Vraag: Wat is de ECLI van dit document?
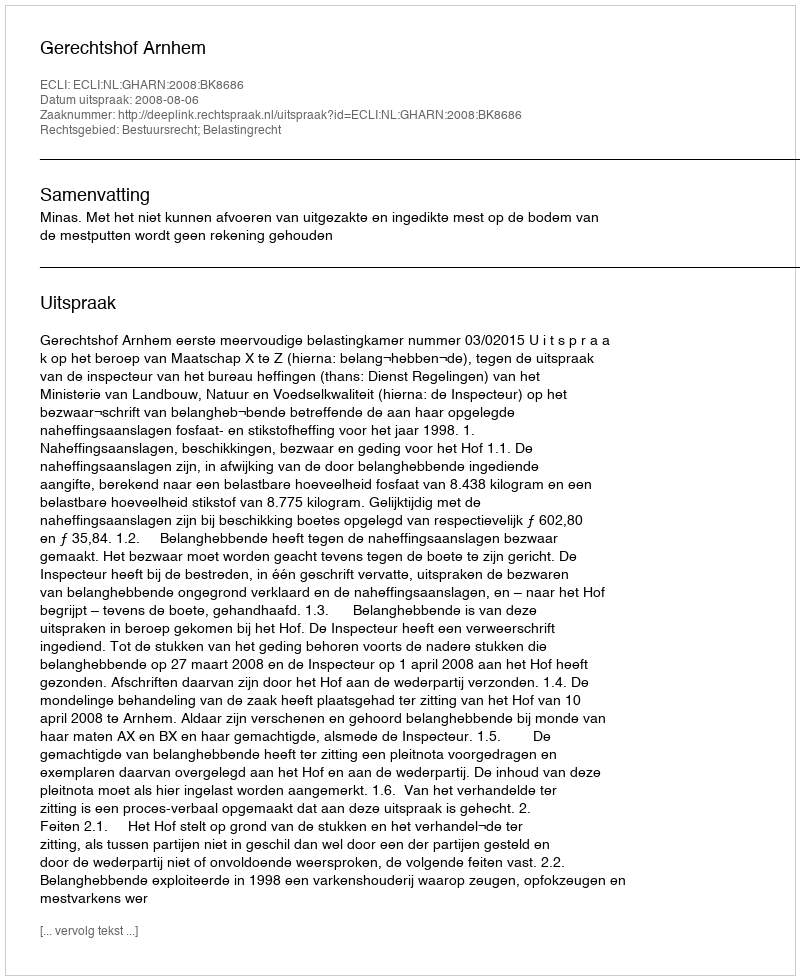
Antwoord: ECLI:NL:GHARN:2008:BK8686